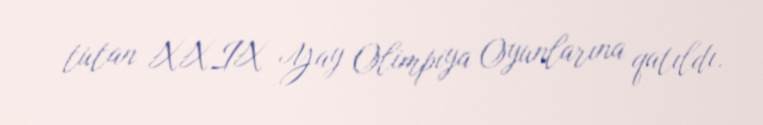
tutan XXIX Yay Olimpiya Oyunlarına qatıldı.